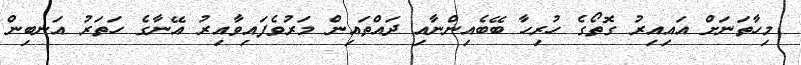
މިހާތަނަށް އައިއިރު ގޮތޯގެ ހުރިހާ ބޭބެއިންނާއި ދައްތައިން މަރުވެފައިވާއިރު އޭނާގެ ހަތަރު އަނބިން